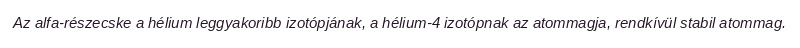
Az alfa-részecske a hélium leggyakoribb izotópjának, a hélium-4 izotópnak az atommagja, rendkívül stabil atommag.